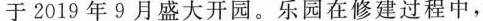
于2019年9月盛大开园。乐园在修建过程中，